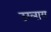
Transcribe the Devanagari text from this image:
उरलाय